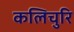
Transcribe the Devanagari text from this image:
कलिचुरि